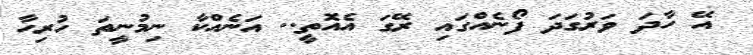
އޭ ހާދަ ވަރުގަދަ ފޯނެއްގައި ރޭގަ އެއޮތީ.. އަނެއްކާ ނިމުނީތަ ހުރިހާ